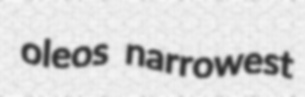
oleos narrowest